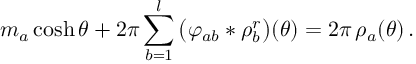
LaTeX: m _ { a } \cosh \theta + 2 \pi \sum _ { b = 1 } ^ { l } \, \bigl ( \varphi _ { a b } * \rho _ { b } ^ { r } \bigr ) ( \theta ) = 2 \pi \, \rho _ { a } ( \theta ) \, .